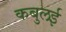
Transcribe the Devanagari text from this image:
कबुलई